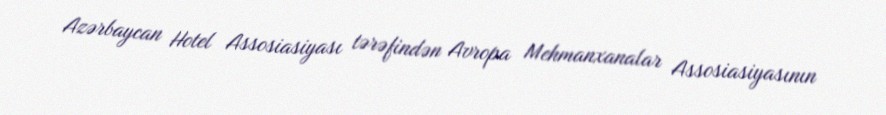
Azərbaycan Hotel Assosiasiyası tərəfindən Avropa Mehmanxanalar Assosiasiyasının